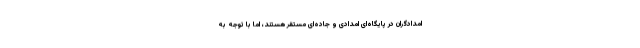
امدادگران در پایگاه‌ای امدادی و جاده‌ای مستقر هستند، اما با توجه به